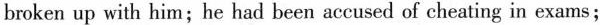
broken up with him;he had been accused of cheating in exams;